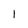
Character: l